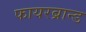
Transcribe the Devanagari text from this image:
फायरब्रान्ड